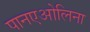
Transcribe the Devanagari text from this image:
पानएओलिना